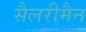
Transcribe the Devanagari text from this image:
सैलरीमैन